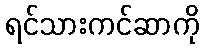
ရင်သားကင်ဆာကို